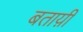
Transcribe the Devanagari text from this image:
बताय़ी